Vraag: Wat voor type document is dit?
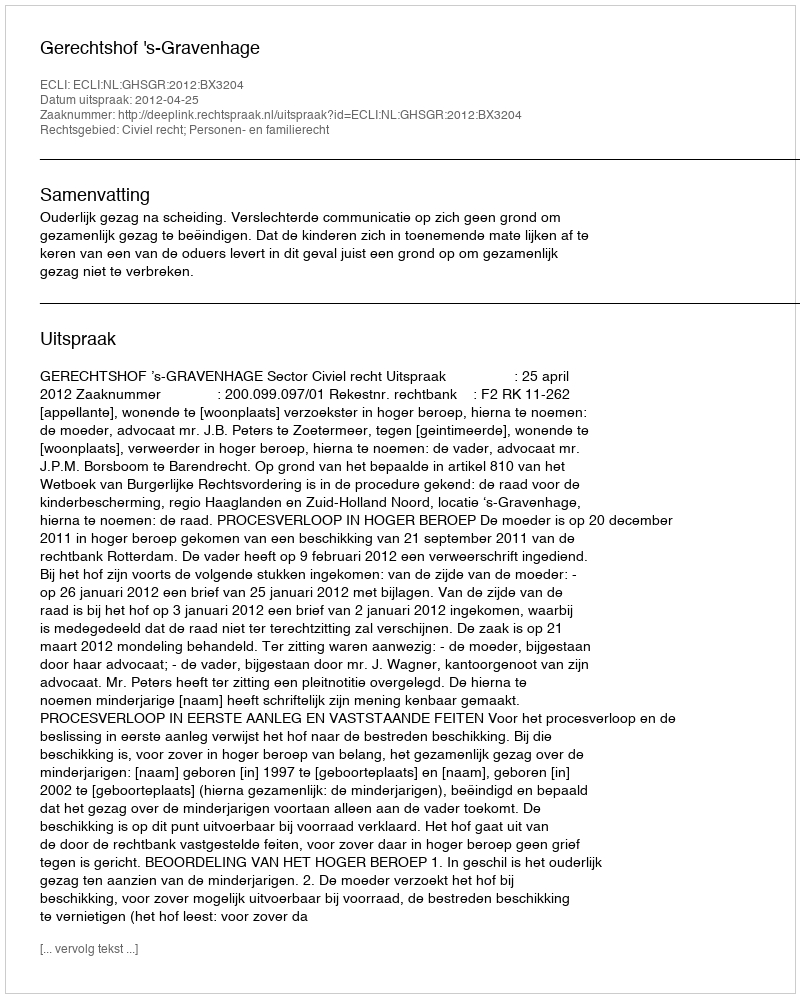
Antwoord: Uitspraak